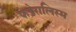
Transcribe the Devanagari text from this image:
फेडेरालिस्म